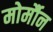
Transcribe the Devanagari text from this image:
मोर्मौन